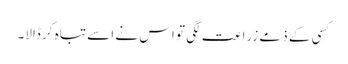
کسی کے ذمے زراعت لگی تو اس نے اسے تباہ کر ڈالا۔